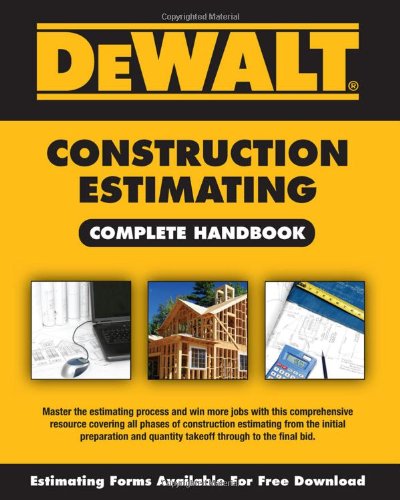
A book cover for DEWALT Construction Estimating Complete Handbook (DEWALT Series); Adam Ding; Engineering & Transportation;